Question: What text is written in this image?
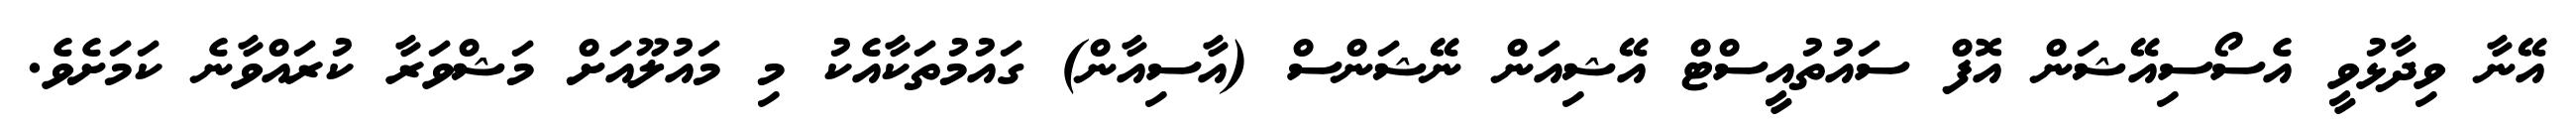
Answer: އޭނާ ވިދާޅުވީ އެސޯސިއޭޝަން އޮފް ސައުތުއީސްޓް އޭޝިއަން ނޭޝަންސް (އާސިއާން) ގައުމުތަކާއެކު މި މައުލޫއަށް މަޝްވަރާ ކުރައްވާނެ ކަމަށެވެ.